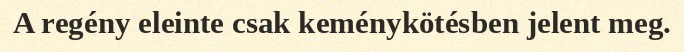
A regény eleinte csak keménykötésben jelent meg.